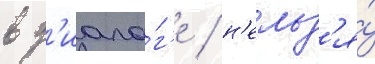
в д'иало́г'е / н'ельз'я́